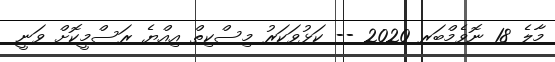
މާލެ 18 ނޮވެމްބަރ 2020 -- ކަޅުވަކަރު މިސްކިތް އިއްޔެ ރަސްމީކޮށް ވަނީ